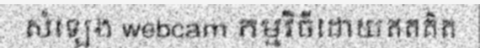
សំឡេង webcam កម្មវិធីដោយឥតគិត